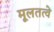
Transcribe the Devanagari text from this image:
मूलतत्वे